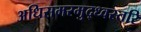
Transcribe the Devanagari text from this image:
अधिसमरमुद्ध्वस्तरि